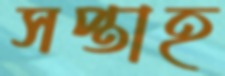
সপ্তাহ